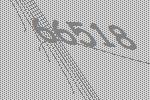
66518